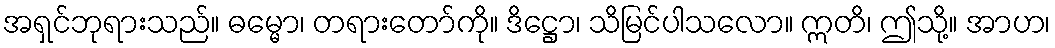
အရှင်ဘုရားသည်။ ဓမ္မော၊ တရားတော်ကို။ ဒိဋ္ဌော၊ သိမြင်ပါသလော။ ဣတိ၊ ဤသို့။ အာဟ၊